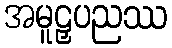
အမူဠှပညဿ